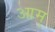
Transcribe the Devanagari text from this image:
आम्